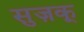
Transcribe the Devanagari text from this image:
सुज़कू